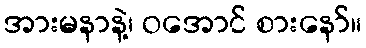
အားမနာနဲ့၊ ဝအောင် စားနော်။